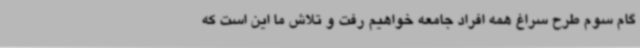
گام سوم طرح سراغ همه افراد جامعه خواهیم رفت و تلاش ما این است که